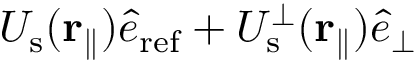
U _ { \mathrm { s } } ( { \bf r } _ { \parallel } ) \hat { e } _ { \mathrm { r e f } } + U _ { \mathrm { s } } ^ { \perp } ( { \bf r } _ { \parallel } ) \hat { e } _ { \perp }